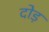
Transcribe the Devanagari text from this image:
दोड़